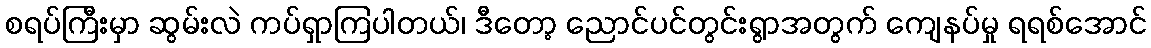
စရပ်ကြီးမှာ ဆွမ်းလဲ ကပ်ရှာကြပါတယ်၊ ဒီတော့ ညောင်ပင်တွင်းရွာအတွက် ကျေနပ်မှု ရရစ်အောင်